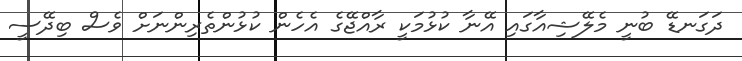
ދަގަނޑޭ ބުނީ މެލޭޝިއާގައި އޭނާ ކުޅުމަކީ ރާއްޖޭގެ އެހެން ކުޅުންތެރިންނަށް ވެސް ބިދޭސީ